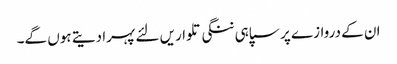
ان کے دروازے پر سپاہی ننگی تلواریں لئے پہرا دیتے ہوں گے۔